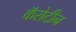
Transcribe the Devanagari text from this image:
कॅरोटीन